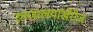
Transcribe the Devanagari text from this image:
रुग्णालयांखेरीज